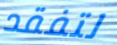
لتفقد